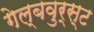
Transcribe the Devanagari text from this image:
गेल्बवुर्स्ट